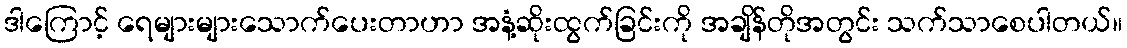
ဒါကြောင့် ရေများများသောက်ပေးတာဟာ အနံ့ဆိုးထွက်ခြင်းကို အချိန်တိုအတွင်း သက်သာစေပါတယ်။